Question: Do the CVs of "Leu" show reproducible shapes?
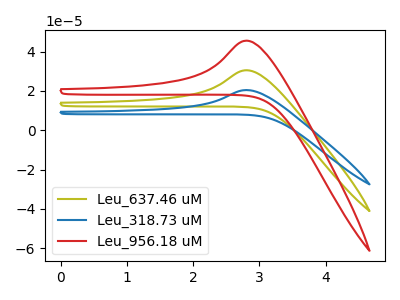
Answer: <think>The olive curve "Leu_637.46 uM" has an anodic peak at: (2.80V, 30.50uA). The blue curve "Leu_318.73 uM" has an anodic peak at: (2.80V, 20.45uA). The red curve "Leu_956.18 uM" has an anodic peak at: (2.80V, 61.00uA).
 All the peaks in "Leu_637.46 uM" have a peak in "Leu_318.73 uM" at the same potential. Every peak in "Leu_637.46 uM" is higher than every peak in "Leu_318.73 uM". All the peaks in "Leu_637.46 uM" have a peak in "Leu_956.18 uM" at the same potential. Every peak in "Leu_637.46 uM" is lower than every peak in "Leu_956.18 uM". All the peaks in "Leu_318.73 uM" have a peak in "Leu_956.18 uM" at the same potential. Every peak in "Leu_318.73 uM" is lower than every peak in "Leu_956.18 uM".</think>
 <answer>All the CV's of "Leu" have similar shape.</answer>
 <eval>follow_rule</eval>